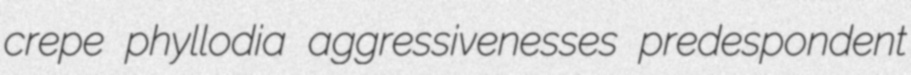
crepe phyllodia aggressivenesses predespondent